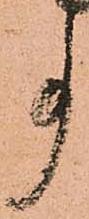
事